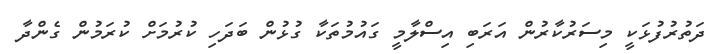
ދަތުރުފުޅަކީ މިސަރުކާރުން އަރަބި އިސްލާމީ ގައުމުތަކާ ގުޅުން ބަދަހި ކުރުމަށް ކުރަމުން ގެންދާ